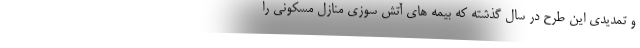
و تمدیدی این طرح در سال گذشته که بیمه های آتش سوزی منازل مسکونی را